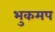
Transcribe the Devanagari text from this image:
भुकमप